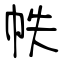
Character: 帙